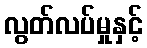
လွတ်လပ်မှုနှင့်